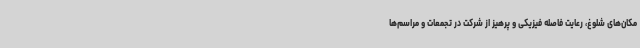
مکان‌های شلوغ، رعایت فاصله فیزیکی و پرهیز از شرکت در تجمعات و مراسم‌ها